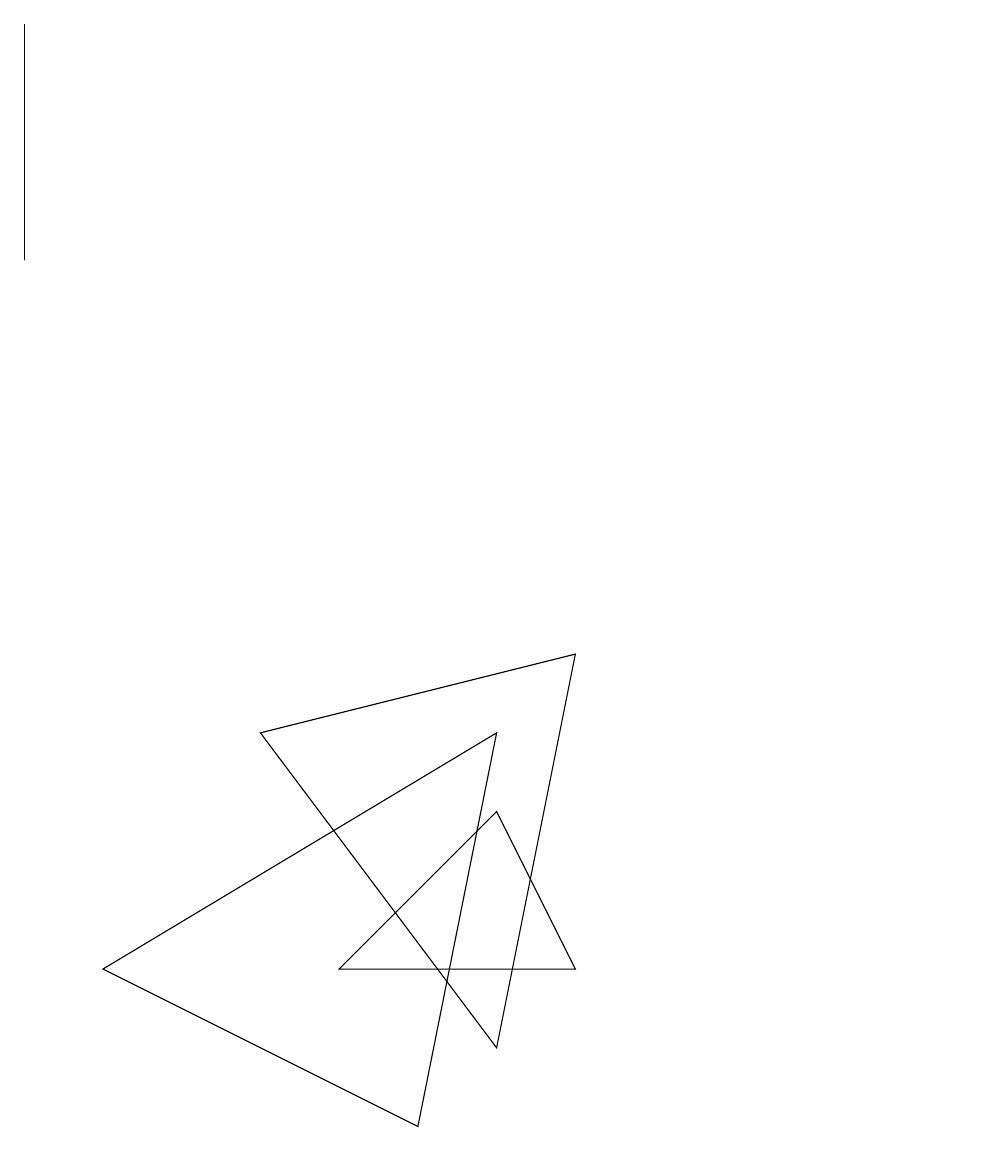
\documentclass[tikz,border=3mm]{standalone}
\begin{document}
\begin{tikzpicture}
\draw (7,2) -- (4,2) -- (6,4) -- cycle;
\draw (0,14) rectangle (0,11);
\draw (1,2) -- (5,0) -- (6,5) -- cycle;
\draw (12,10) circle (0);
\draw (6,1) -- (7,6) -- (3,5) -- cycle;
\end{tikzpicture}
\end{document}